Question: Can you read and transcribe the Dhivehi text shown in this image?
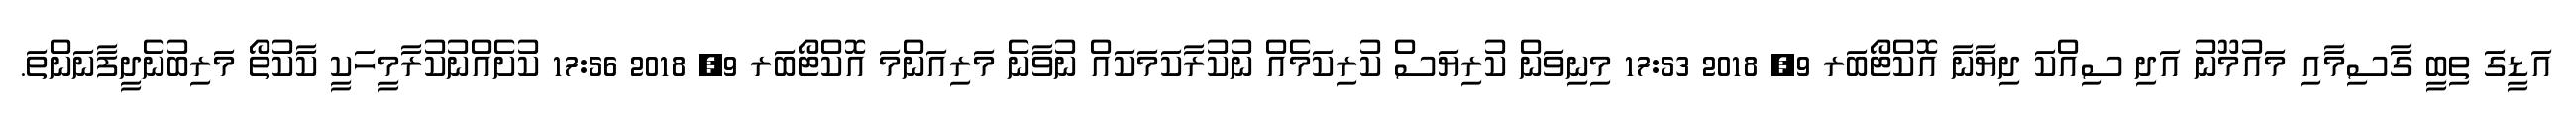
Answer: އަޑީގަ ތިބީ ގާސިމާއި މައުމޫނު އަދި ސިއްކަ ދިޔާނާ އޮކްޓޯބަރ 9, 2018 17:53 މިނިވަން ކުރިޔަސް ކުރިކަމެއް ނުކުރާކަމަކައް ނުވާނެ މަރިއަންމަ އޮކްޓޯބަރ 9, 2018 17:56 ކުށެއްނުކުރާމީހަކީ ކާކުތޯ މަރިބުނެދީފާނަންތަ.